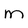
Character: M